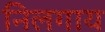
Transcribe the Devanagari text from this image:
निलगाय